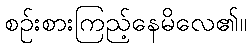
စဉ်းစားကြည့်နေမိလေ၏။